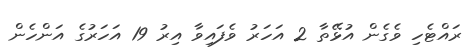
ރައްޓެހި ވެގެން އުޅޭތާ 2 އަހަރު ވެފައިވާ އިރު 19 އަހަރުގެ އަންހެން